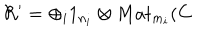
LaTeX: \mathcal { R } ^ { \prime } = \oplus _ { i } 1 _ { n _ { i } } \otimes M a t _ { m _ { i } } ( \mathbf { C }